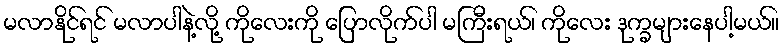
မလာနိုင်ရင် မလာပါနဲ့လို့ ကိုလေးကို ပြောလိုက်ပါ မကြီးရယ်၊ ကိုလေး ဒုက္ခများနေပါ့မယ်။